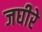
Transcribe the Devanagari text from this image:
जघीरे